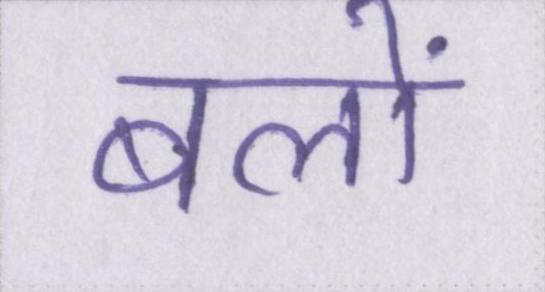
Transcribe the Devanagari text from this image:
बलों